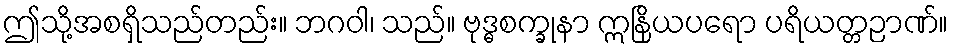
ဤသို့အစရှိသည်တည်း။ ဘဂဝါ၊ သည်။ ဗုဒ္ဓစက္ခုနာ ဣနြိယပရော ပရိယတ္တဉာဏ်။